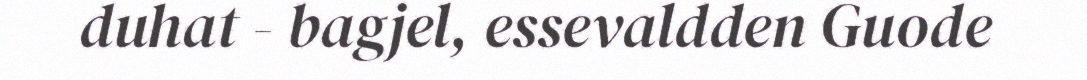
duhat - bagjel, essevaldden Guode